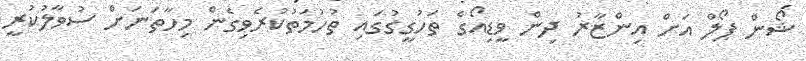
ޝޯން ޕޯލް އަށް އިންޒާރު ދިން ވީޑިއޯގެ ތަހުގީގުގައި ތުހުމަތުކުރެވިގެން މިހާތަނަށް ސުވާލުކުރީ